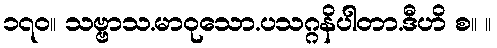
၁၇၀။ သဗ္ဗာသ.မာဝုသော.ပသဂ္ဂနိပါတာ.ဒီဟိ စ။ ။